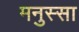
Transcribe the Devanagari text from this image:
मनुस्सा